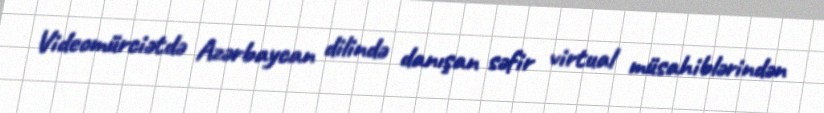
Videomürciətdə Azərbaycan dilində danışan səfir virtual müsahiblərindən